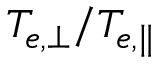
T _ { e , \perp } / T _ { e , \parallel }